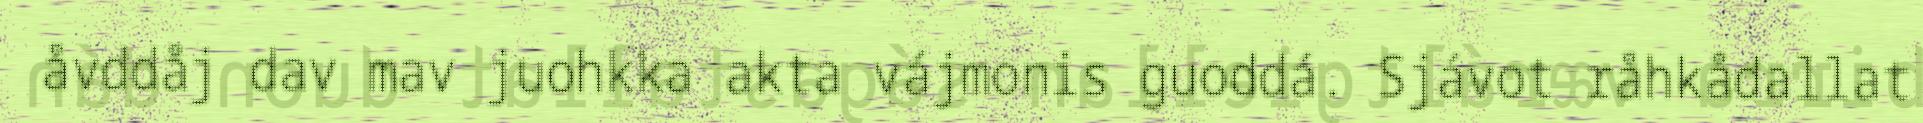
åvddåj dav mav juohkka akta vájmonis guoddá. Sjávot råhkådallat